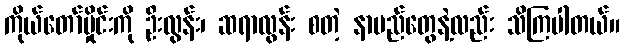
ကိုယ်တော်မှိုင်းကို ဦးလွန်း၊ ဆရာလွန်း စတဲ့ နာမည်တွေနဲ့လည်း သိကြပါတယ်။